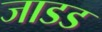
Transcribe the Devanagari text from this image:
जाडड